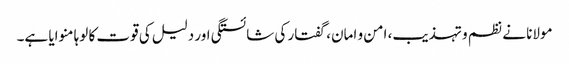
مولانا نے نظم و تہذیب، امن و امان، گفتار کی شائستگی اور دلیل کی قوت کا لوہا منوایا ہے۔